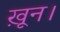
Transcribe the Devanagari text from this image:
ख़ून।